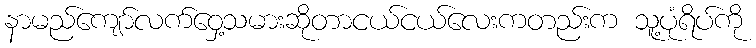
နာမည်ကျော်လက်ဝှေ့သမားဆိုတာငယ်ငယ်လေးကတည်းက သူ့ပုံရိပ်ကို